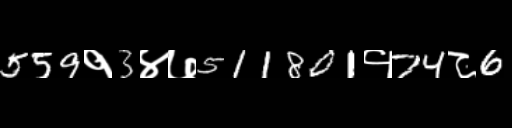
Text: 559१3४७511801१74८6